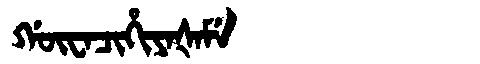
Manchu: ᡤᡡᠸᠠᠴᡳᡥᡳᠶᠠᡧᠠᠮᡝ
Romanization: GŪWACIHIYAŠAME